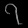
Digit: ၇